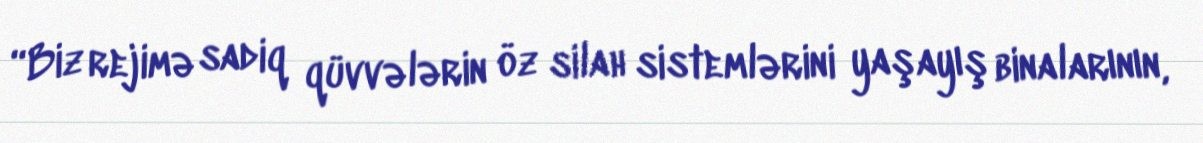
“Biz rejimə sadiq qüvvələrin öz silah sistemlərini yaşayış binalarının,